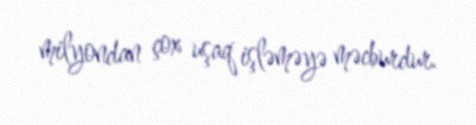
milyondan çox uşaq işləməyə məcburdur.